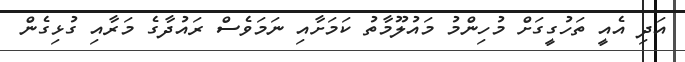
އަދި އެއީ ތަހުގީގަށް މުހިންމު މައުލޫމާތު ކަމަށާއި ނަމަވެސް ރައުދާގެ މަރާއި ގުޅިގެން